Vaccination in Bombay 1889-1901 - 1889-1901
Year: 1889
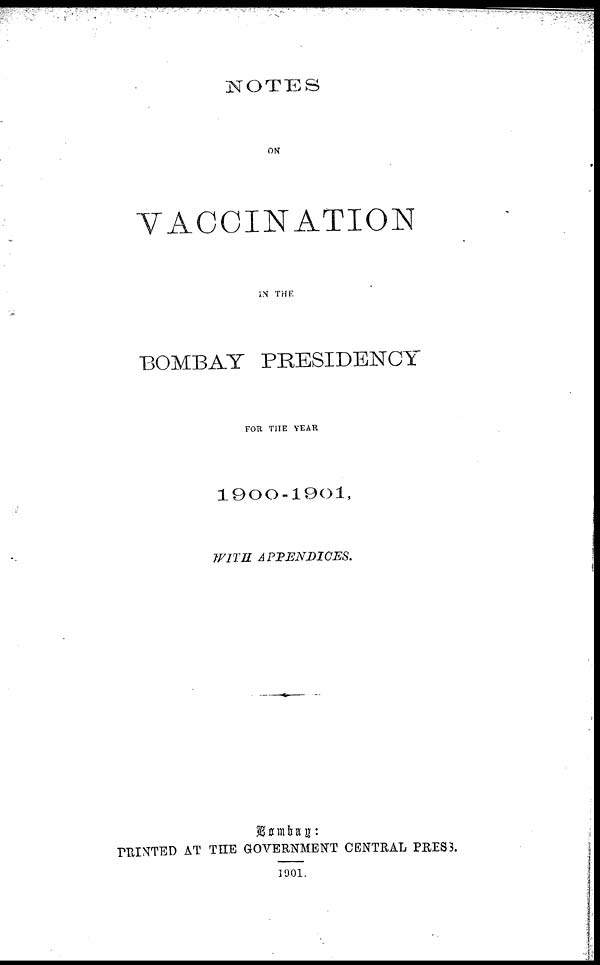
NOTES
ON
VACCINATION
IN THE
BOMBAY PRESIDENCY
FOR THE YEAR
1900-1901,
WITH
APPENDICES.
Bombay:
PRINTED
AT THE GOVERNMENT CENTRAL PRESS.
1901.